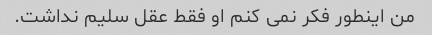
من اینطور فکر نمی کنم او فقط عقل سلیم نداشت.